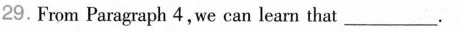
29. From Paragraph 4,we can leam that ___